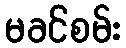
မခင်စမ်း